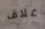
غلاف